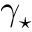
\gamma _ { \star }